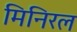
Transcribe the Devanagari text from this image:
मिनिरल